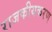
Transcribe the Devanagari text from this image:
राजकीयकरण